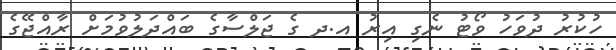
ހުކުރު ދުވަހު ވޯޓު ނެގި އިރު އ.ދ ގެ ޖަލްސާގެ ބައްދަލުވުމަށް ރާއްޖޭގެ